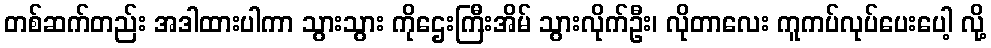
တစ်ဆက်တည်း အဒါထားပါကာ သွားသွား ကိုဌေးကြီးအိမ် သွားလိုက်ဦး၊ လိုတာလေး ကူကပ်လုပ်ပေးပေါ့ လို့